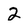
Character: 2